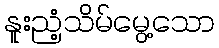
နူးညံ့သိမ်မွေ့သော